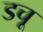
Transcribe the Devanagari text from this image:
डचू